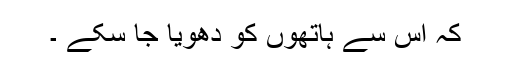
کہ اس سے ہاتھوں کو دھویا جا سکے ۔